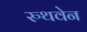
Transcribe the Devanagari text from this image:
रुथवेन